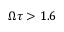
\Omega \tau > 1 . 6